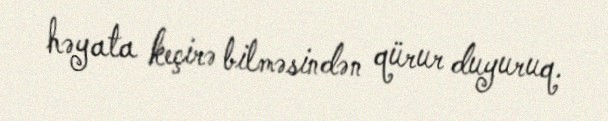
həyata keçirə bilməsindən qürur duyuruq.